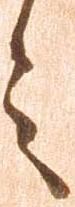
言